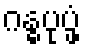
ဂန္ဓပုပ္ဖံ